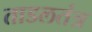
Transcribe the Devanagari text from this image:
ताडलतंत्र